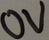
Text: 0V